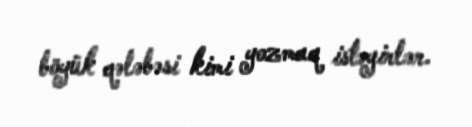
böyük qələbəsi kimi yozmaq istəyirlər.